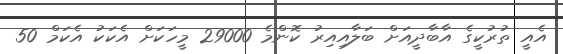
އެއީ ތުރުކީގެ އާބާދީއަށް ބަލާއިއިރު ކޮންމެ 29000 މީހަކަށް އެކަކު އެކަމް 50